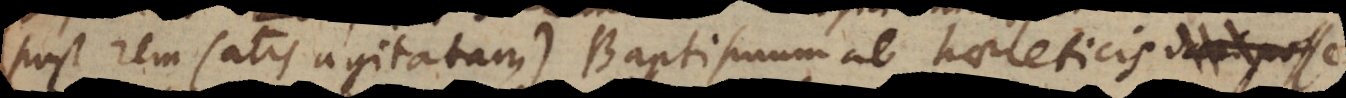
(post rem satis agitatam) Baptismum ab haereticis